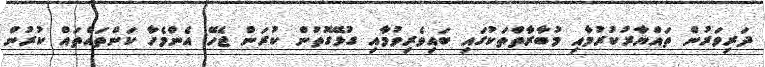
ދަރިވަރުން ތައްޔާރުކުރުމާއި މުބާރާތްތަކުގައި ބައިވެރިވުމާއި ގުޅޭގޮތުން ކުރަން ޖެހޭ އެންމެހާ ކަންތައްތައް ކުރުން